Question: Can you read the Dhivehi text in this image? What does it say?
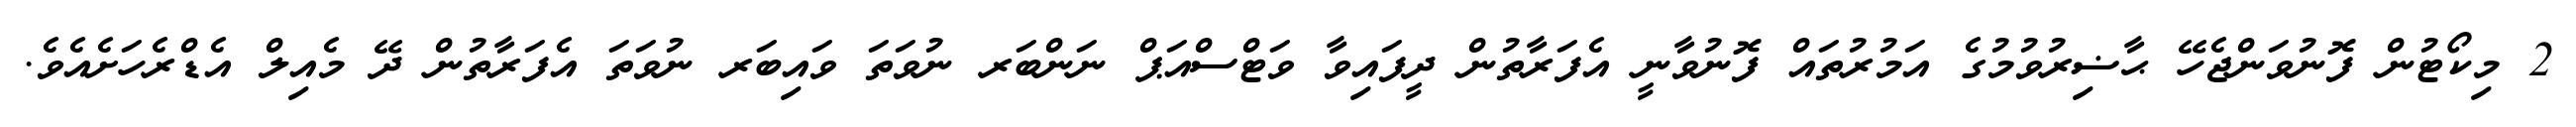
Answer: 2 މިކޯޓުން ފޮނުވަންޖެހޭ ޙާޟިރުވުމުގެ އަމުރުތައް ފޮނުވާނީ އެފަރާތުން ދީފައިވާ ވަޓްސްއަޕް ނަންބަރ ނުވަތަ ވައިބަރ ނުވަތަ އެފަރާތުން ދޭ މެއިލް އެޑްރެހަށެއެވެ.